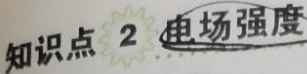
知识点 2 电场强度